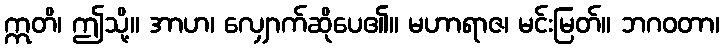
ဣတိ၊ ဤသို့။ အာဟ၊ လျှောက်ဆိုပေ၏။ မဟာရာဇ၊ မင်းမြတ်။ ဘဂဝတာ၊